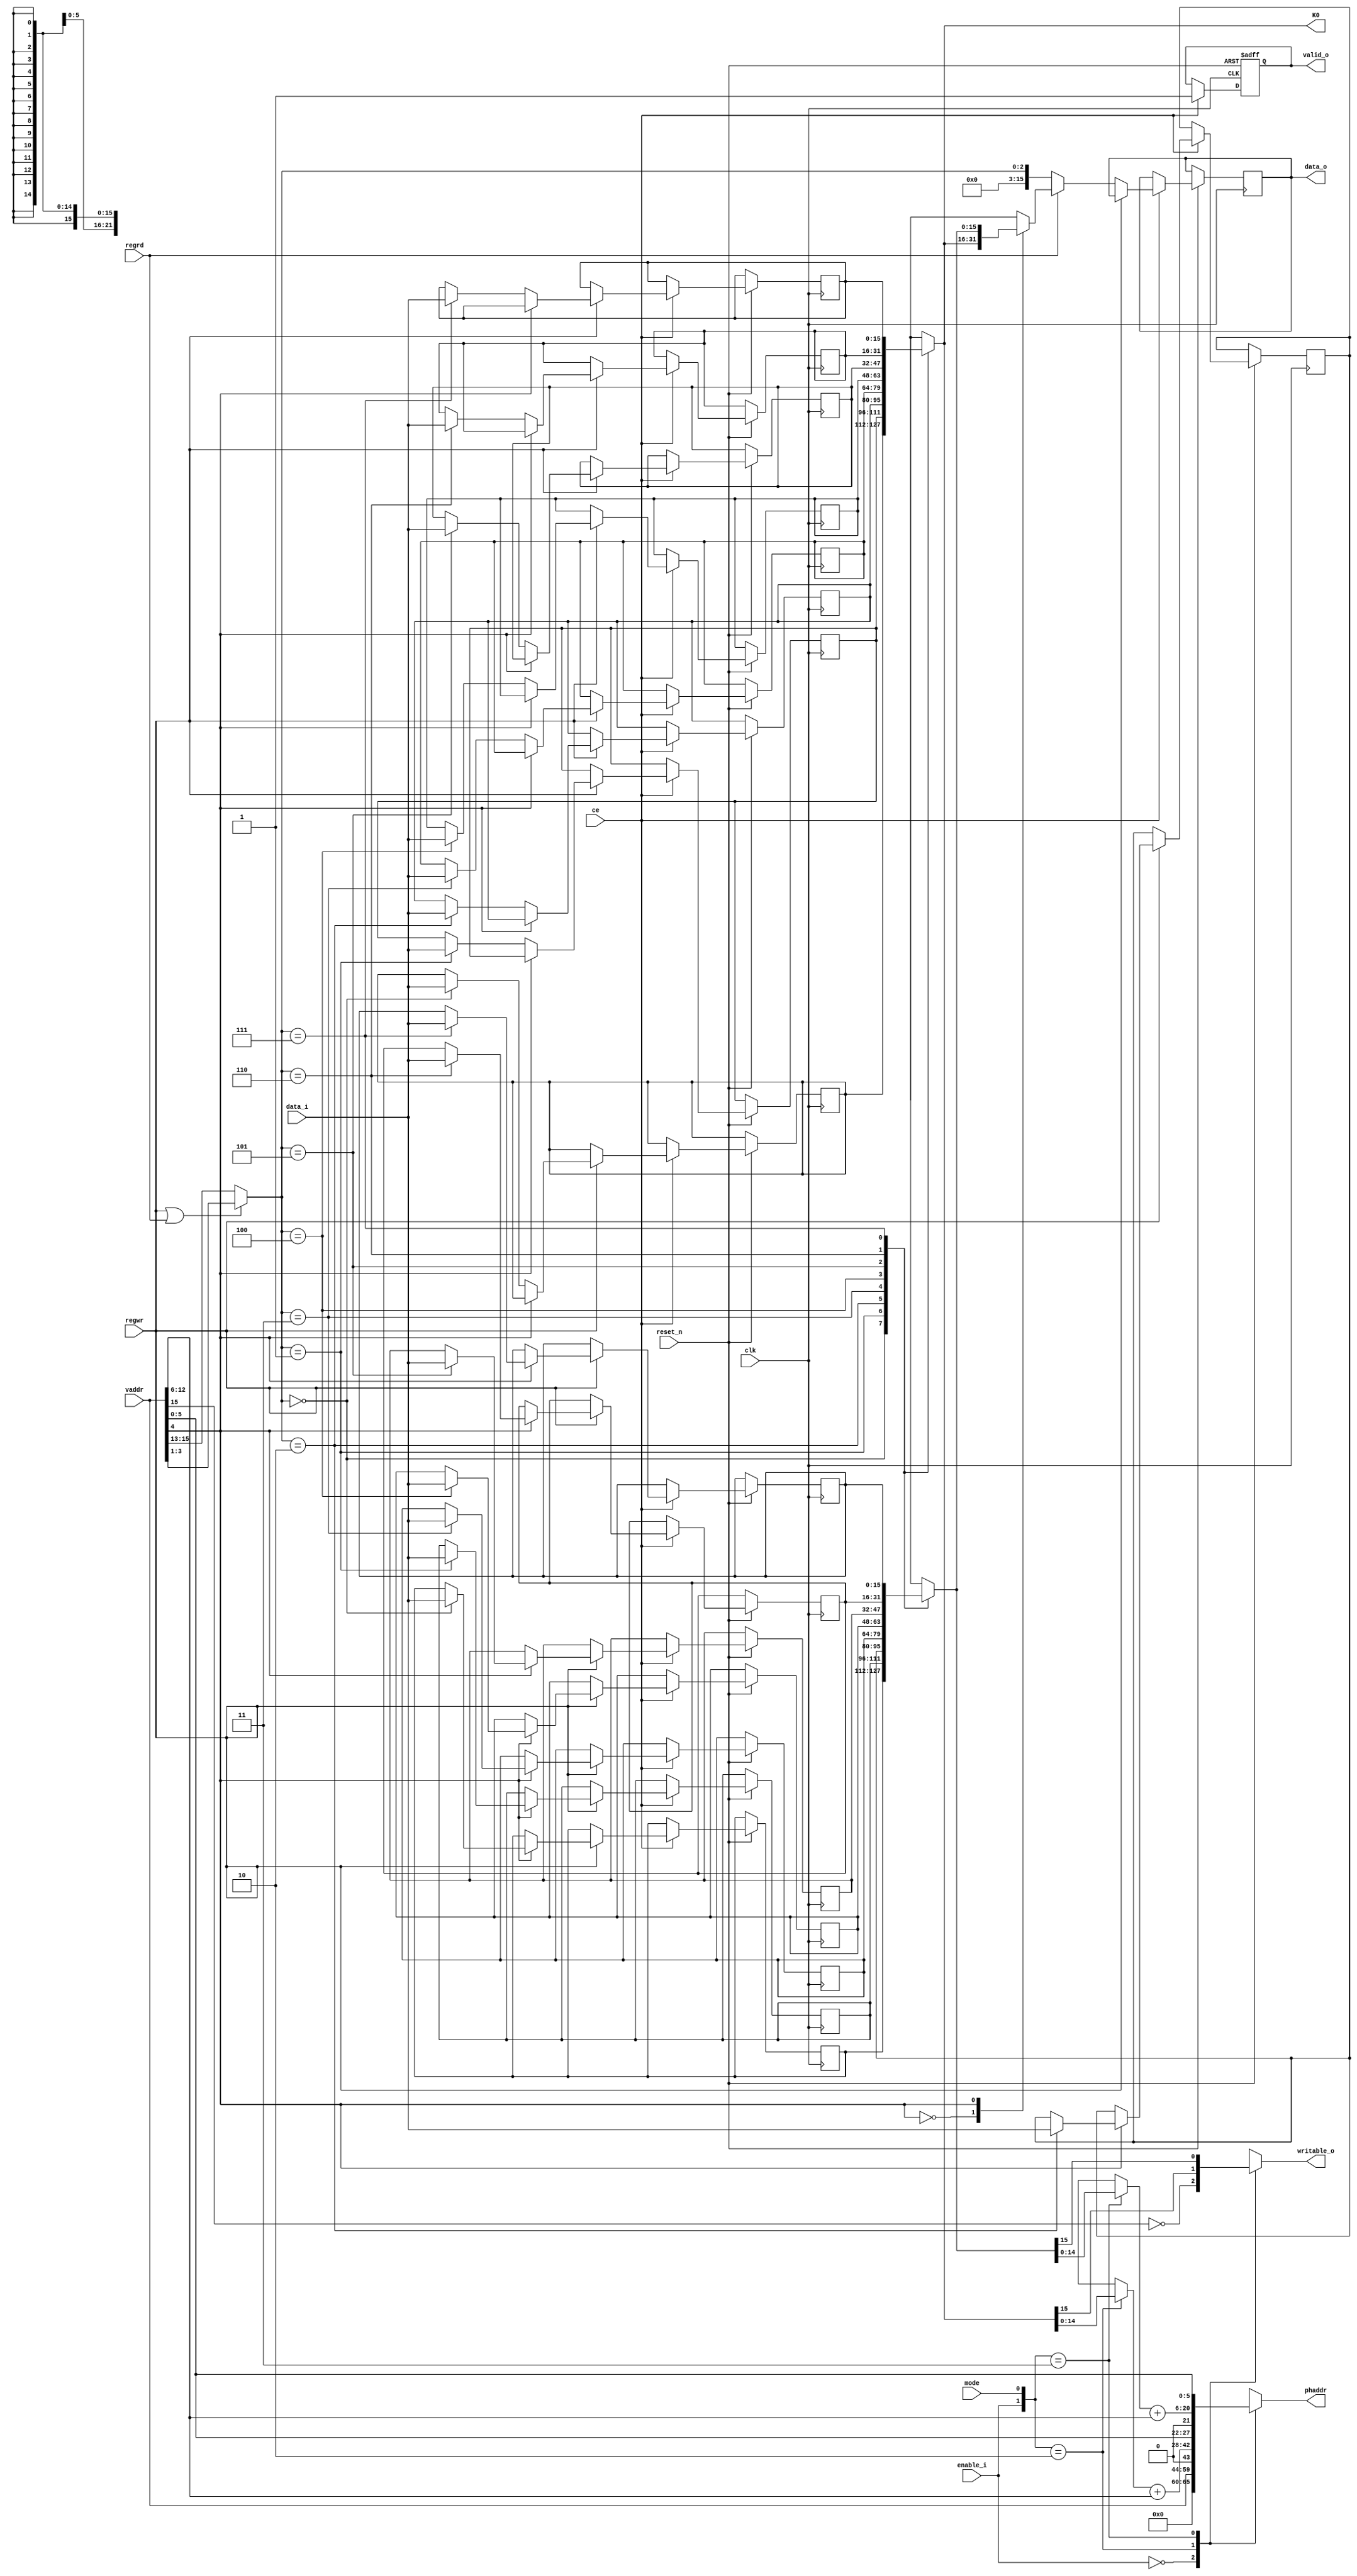
`default_nettype none

module memmap(
    input           clk,
    input           ce,
    input           reset_n,
    input           regwr,
    input           regrd,
    input  [15:0]   data_i,
    output reg[15:0]data_o,
    output reg      valid_o,
    input           enable_i,
    
    input           mode,      // 1 = User, 0 = Kernel
    input   [15:0]  vaddr,
    output reg[21:0]phaddr,
    output reg      writable_o,
    output  [15:0]  K0
);

reg     [15:0] KISA[0:7];       // Kernel mode PAR 
reg     [15:0] UISA[0:7];       // User mode PAR   

wire  [2:0]         par = vaddr[15:13];
wire  [2:0]         regidx = (regwr|regrd) ? vaddr[3:1] : par;

reg valid;

always @(posedge clk or negedge reset_n) begin
    if (~reset_n) begin
        valid_o <= 1'b0;
    end 
    else if (ce) begin
        valid_o <= 1'b1;
        
        if (regwr) begin
            case (vaddr[4])
            'b0: KISA[regidx] <= data_i;
            'b1: UISA[regidx] <= data_i;
            endcase
        end else if (regrd) begin
            casex (vaddr[4])
            'b0: data_o <= KISA[regidx];
            'b1: data_o <= UISA[regidx];
            endcase
        end else 
            data_o <= regidx;
    end
end

wire [6:0] BN  = vaddr[12:6];
wire [5:0] BOFS = vaddr[5:0];

always @*
    casex ({enable_i,mode})   
    2'b0x:  phaddr = vaddr;
    2'b10:  phaddr = {KISA[regidx][14:0] + BN, BOFS};
    2'b11:  phaddr = {UISA[regidx][14:0] + BN, BOFS};
    endcase


//assign ram_space = ~_cpu_adrs[15];
//assign rom_space = _cpu_adrs[15] & ~reg_space;

always @*
    casex ({enable_i,mode})
    2'b0x: writable_o = ~vaddr[15];
    2'b10: writable_o = KISA[regidx][15];
    2'b11: writable_o = UISA[regidx][15];
    endcase

assign K0 = KISA[regidx];

endmodule